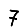
Digit: 7